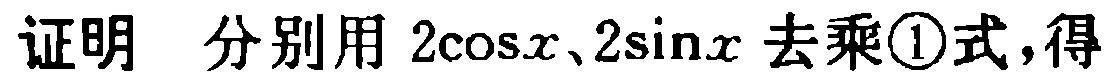
证明 分别用 \(2\cos x、2\sin x\) 去乘\textcircled{1}式，得